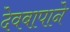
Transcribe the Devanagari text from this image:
देवबापाने